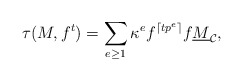
\begin{align*}\tau(M, f^t) = \sum_{e \geq 1} \kappa^e f^{\lceil tp^e\rceil} f \underline{M}_\mathcal{C},\end{align*}